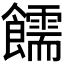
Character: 𫗜